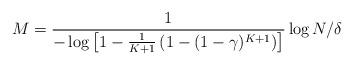
LaTeX: \begin{align*}M =\frac{1}{-\log \left[1-\frac{1}{K+1}\left(1-(1-\gamma)^{K+1}\right)\right]} \log N/\delta\end{align*}